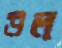
উল